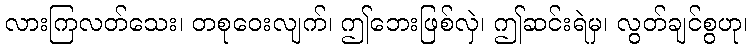
လားကြလတ်သေး၊ တစုဝေးလျက်၊ ဤဘေးဖြစ်လှဲ၊ ဤဆင်းရဲမှ၊ လွတ်ချင်စွဟု၊